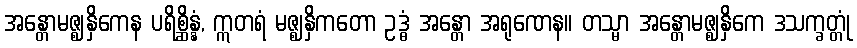
အန္တောမဇ္ဈနှိကေန ပရိစ္ဆိန္နံ, ဣတရံ မဇ္ဈနှိကတော ဥဒ္ဓံ အန္တော အရုဏေန။ တသ္မာ အန္တောမဇ္ဈနှိကေ ဒသက္ခတ္တုံ